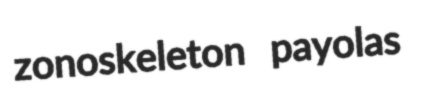
zonoskeleton payolas